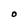
Character: O